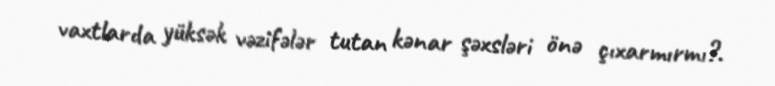
vaxtlarda yüksək vəzifələr tutan kənar şəxsləri önə çıxarmırmı?.